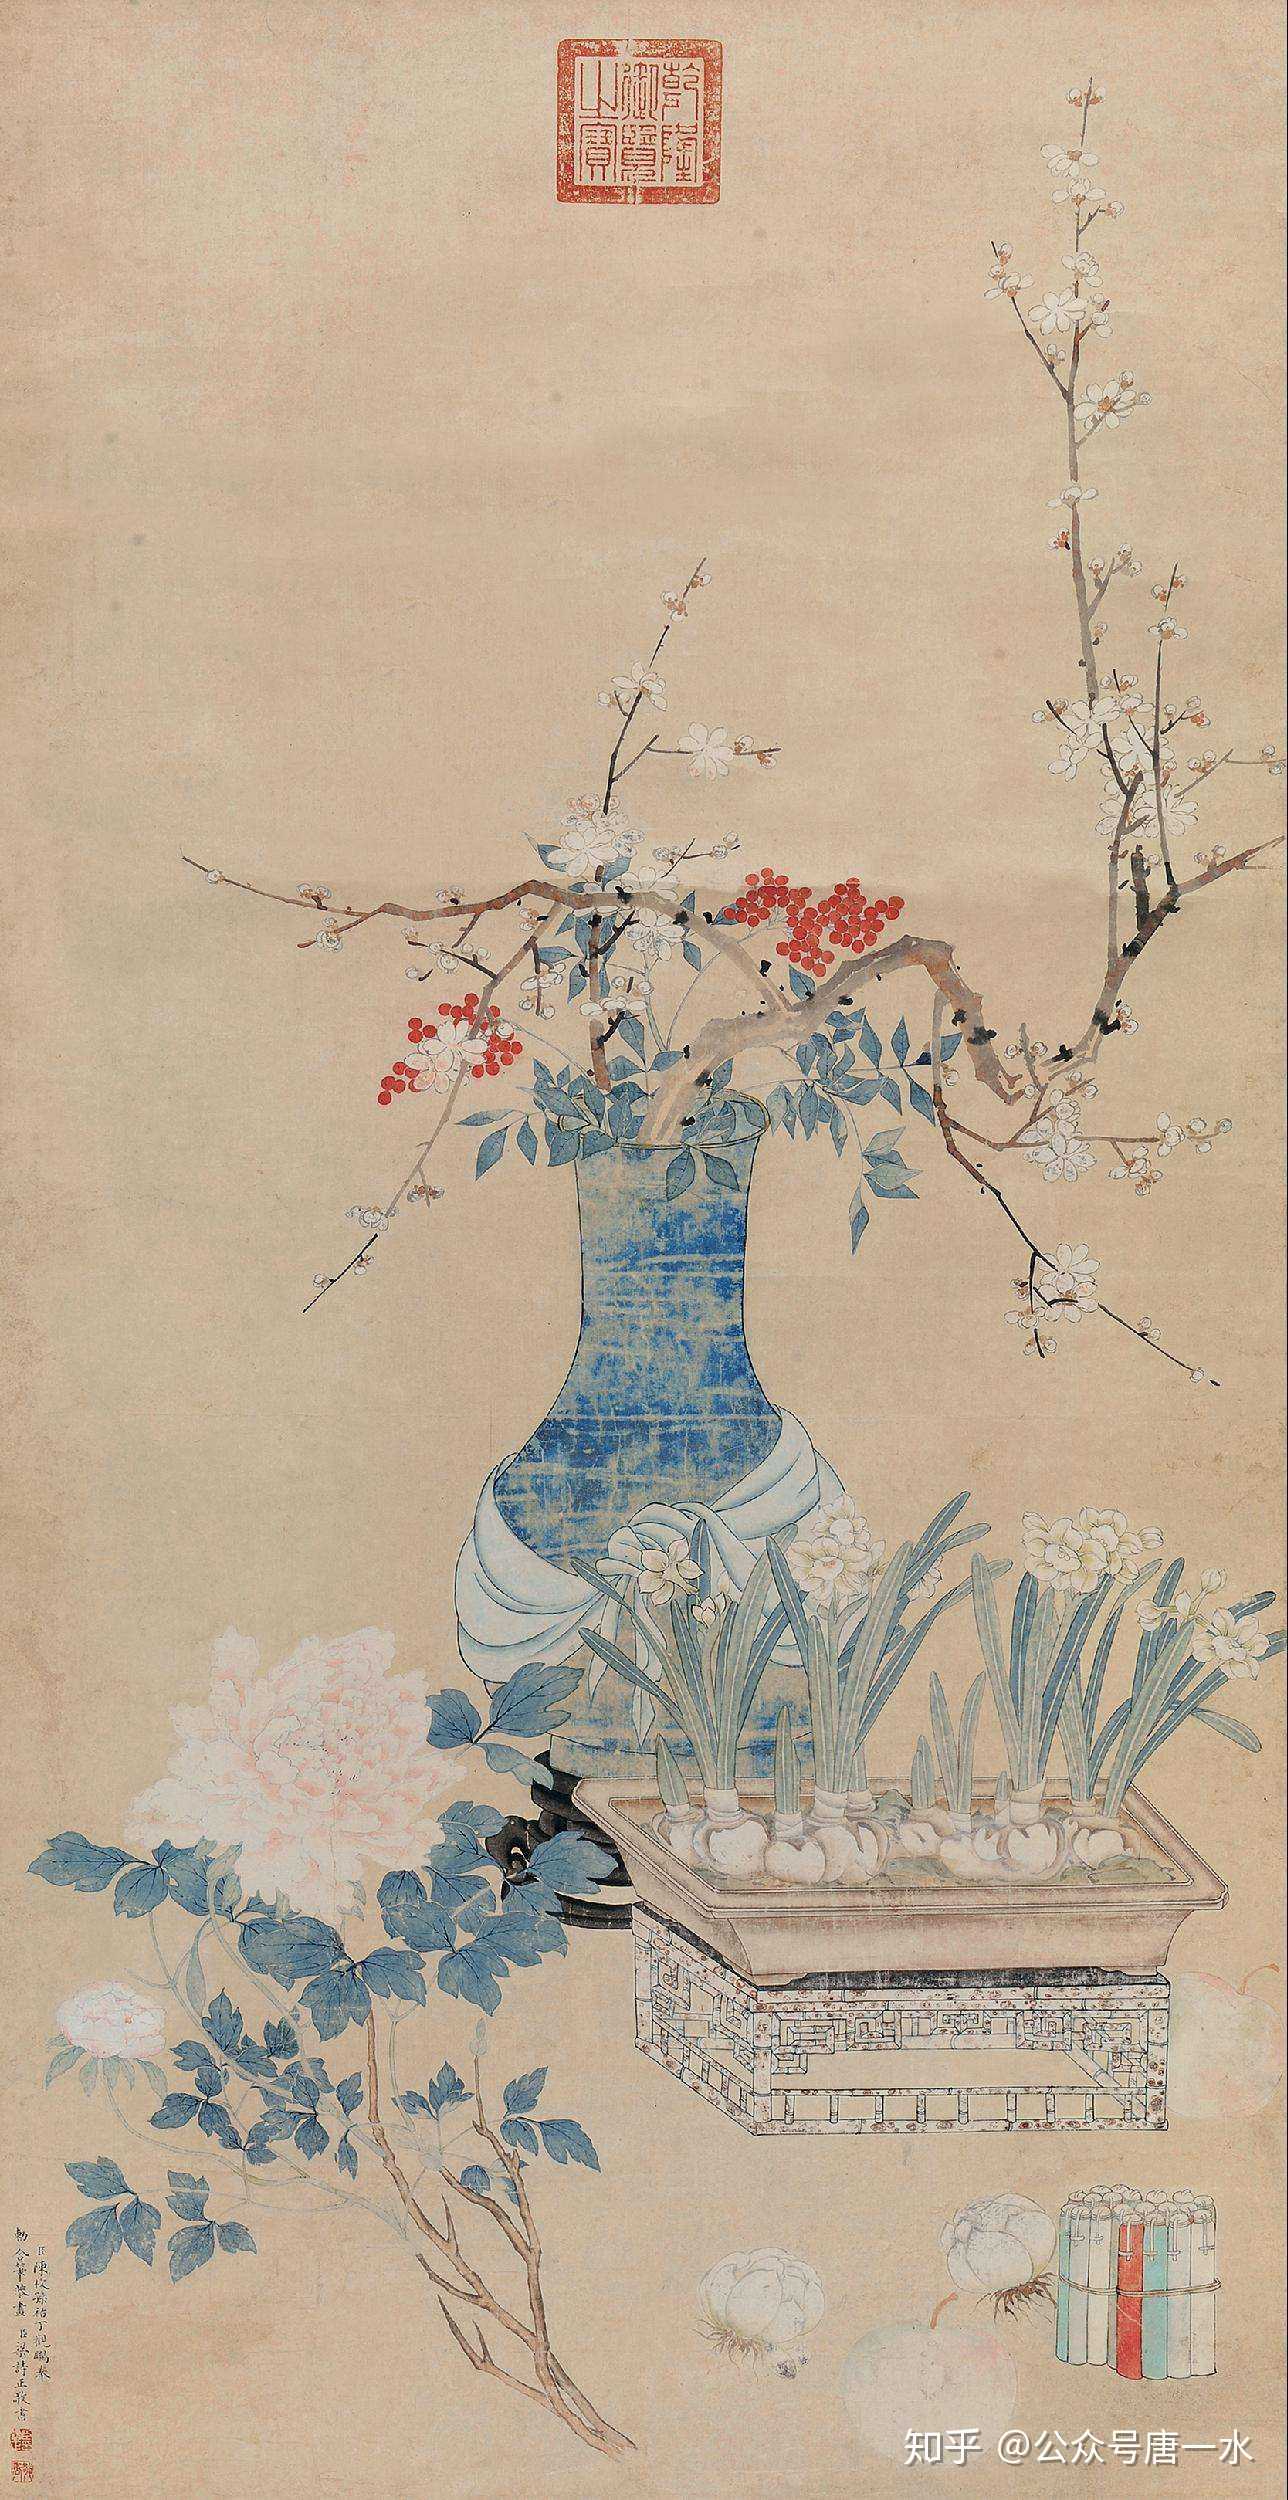
今岁今宵尽，明年明日催。